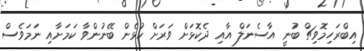
އިބްރަހިމޮވިޗް ބުނީ އާސެނަލް އާއި ދެކޮޅަށް ވަރަށް ކުޅެން ބޭނުންވާ ކަމަށާއި ނަމަވެސް